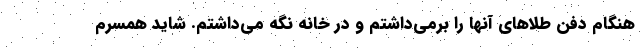
هنگام دفن طلاهای آنها را برمی‌داشتم و در خانه نگه می‌داشتم. شاید همسرم